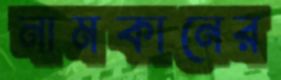
নামকানের